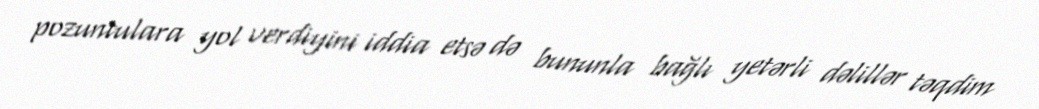
pozuntulara yol verdiyini iddia etsə də bununla bağlı yetərli dəlillər təqdim